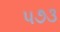
૫૭૩